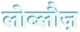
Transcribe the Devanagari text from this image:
लोब्लौज़